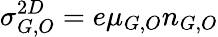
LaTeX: \sigma_{G,O}^{2D}=e\mu_{G,O}n_{G,O}